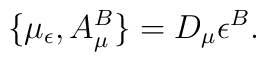
\{ \mu_{\epsilon},A_{\mu}^B\}=D_{\mu}\epsilon^B.